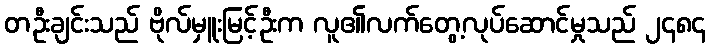
တဦးချင်းသည် ဗိုလ်မှူးမြင့်ဦးက လူ၏လက်တွေ့လုပ်ဆောင်မှုသည် ၂၄၈၄